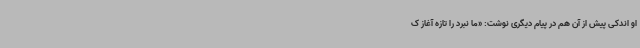
او اندکی پیش از آن هم در پیام دیگری نوشت: «ما نبرد را تازه آغاز ک